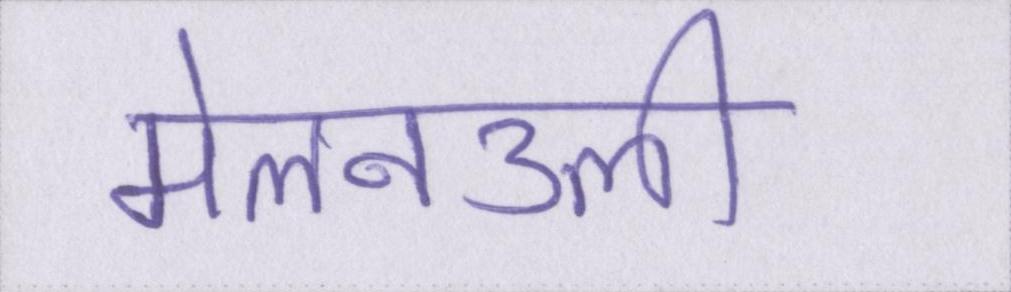
मेलनउली